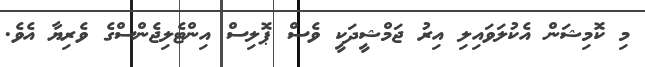
މި ކޮމިޝަން އެކުލަވައިލި އިރު ޖަމްޝީދަކީ ވެސް ޕޮލިސް އިންޓެލިޖެންސްގެ ވެރިޔާ އެވެ.